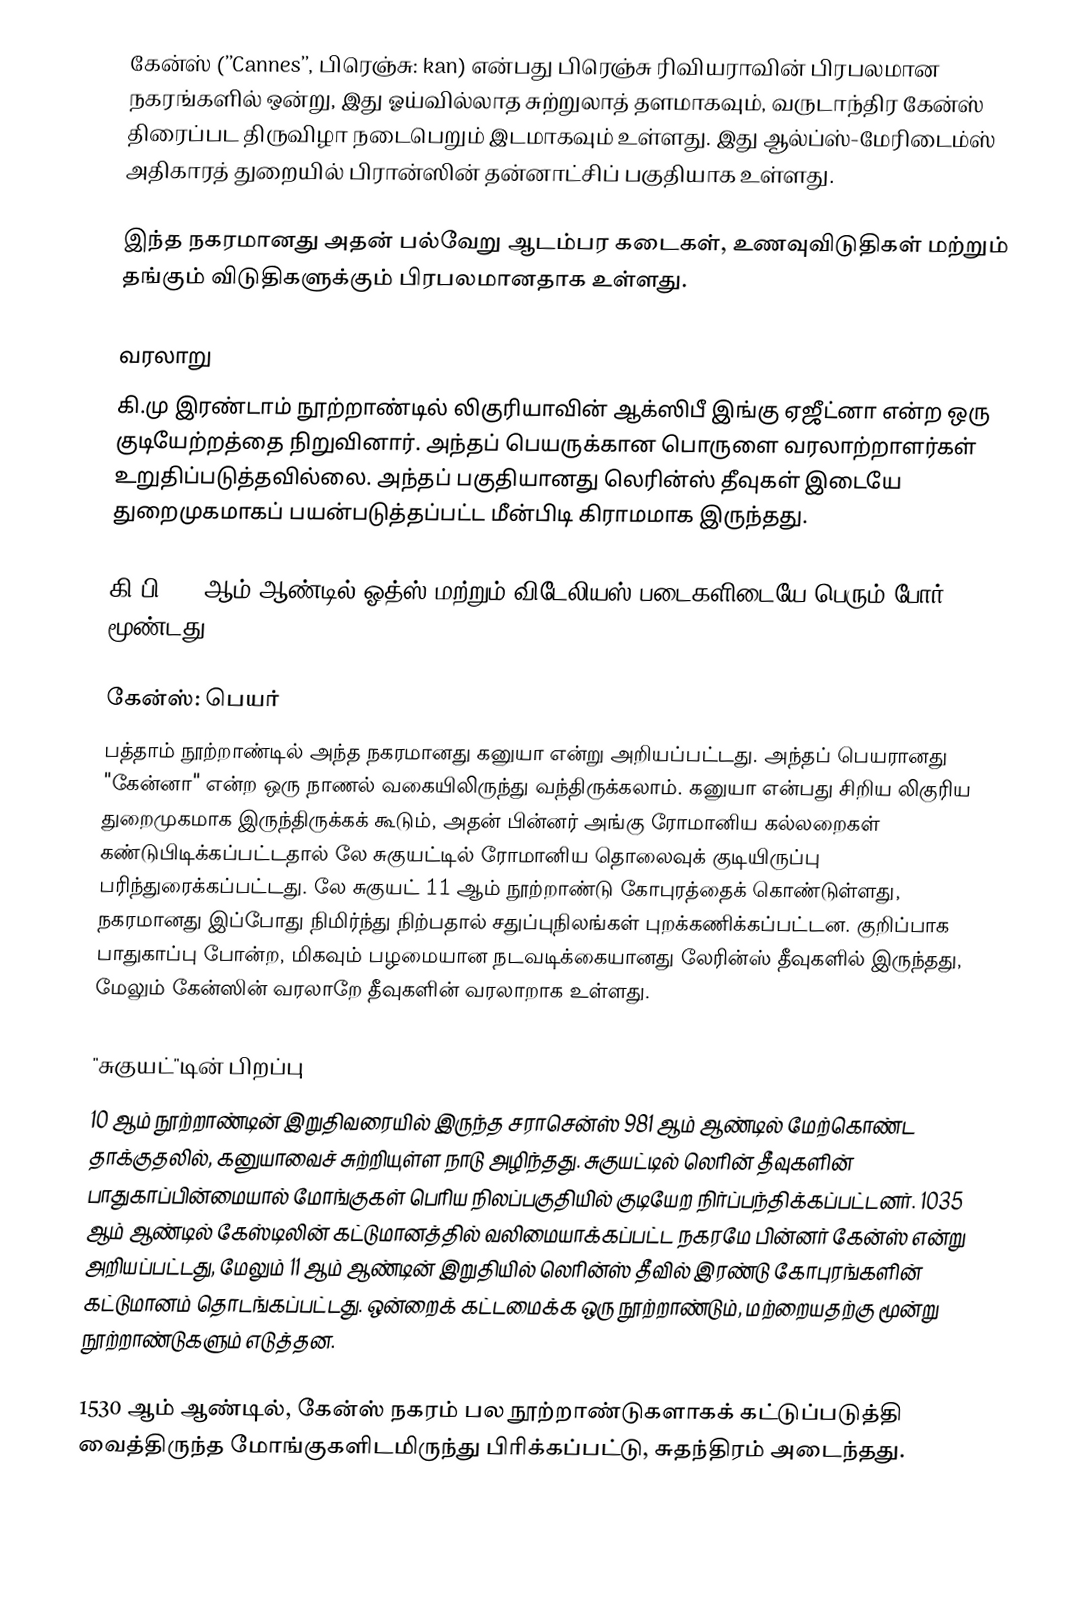
கேன்ஸ் (’’Cannes’’, பிரெஞ்சு: kan) என்பது பிரெஞ்சு ரிவியராவின் பிரபலமான நகரங்களில் ஒன்று, இது ஓய்வில்லாத சுற்றுலாத் தளமாகவும், வருடாந்திர கேன்ஸ் திரைப்பட திருவிழா நடைபெறும் இடமாகவும் உள்ளது. இது ஆல்ப்ஸ்-மேரிடைம்ஸ் அதிகாரத் துறையில் பிரான்ஸின் தன்னாட்சிப் பகுதியாக உள்ளது.

இந்த நகரமானது அதன் பல்வேறு ஆடம்பர கடைகள், உணவுவிடுதிகள் மற்றும் தங்கும் விடுதிகளுக்கும் பிரபலமானதாக உள்ளது.

வரலாறு
கி.மு இரண்டாம் நூற்றாண்டில் லிகுரியாவின் ஆக்ஸிபீ இங்கு ஏஜீட்னா என்ற ஒரு குடியேற்றத்தை நிறுவினார். அந்தப் பெயருக்கான பொருளை வரலாற்றாளர்கள் உறுதிப்படுத்தவில்லை. அந்தப் பகுதியானது லெரின்ஸ் தீவுகள் இடையே துறைமுகமாகப் பயன்படுத்தப்பட்ட மீன்பிடி கிராமமாக இருந்தது.

கி.பி. 69 ஆம் ஆண்டில் ஓத்ஸ் மற்றும் விடேலியஸ் படைகளிடையே பெரும் போர் மூண்டது.

கேன்ஸ்: பெயர்
பத்தாம் நூற்றாண்டில் அந்த நகரமானது கனுயா என்று அறியப்பட்டது. அந்தப் பெயரானது "கேன்னா" என்ற ஒரு நாணல் வகையிலிருந்து வந்திருக்கலாம். கனுயா என்பது சிறிய லிகுரிய துறைமுகமாக இருந்திருக்கக் கூடும், அதன் பின்னர் அங்கு ரோமானிய கல்லறைகள் கண்டுபிடிக்கப்பட்டதால் லே சுகுயட்டில் ரோமானிய தொலைவுக் குடியிருப்பு பரிந்துரைக்கப்பட்டது. லே சுகுயட் 11 ஆம் நூற்றாண்டு கோபுரத்தைக் கொண்டுள்ளது, நகரமானது இப்போது நிமிர்ந்து நிற்பதால் சதுப்புநிலங்கள் புறக்கணிக்கப்பட்டன. குறிப்பாக பாதுகாப்பு போன்ற, மிகவும் பழமையான நடவடிக்கையானது லேரின்ஸ் தீவுகளில் இருந்தது, மேலும் கேன்ஸின் வரலாறே தீவுகளின் வரலாறாக உள்ளது.

"சுகுயட்"டின் பிறப்பு
10 ஆம் நூற்றாண்டின் இறுதிவரையில் இருந்த சராசென்ஸ் 981 ஆம் ஆண்டில் மேற்கொண்ட தாக்குதலில், கனுயாவைச் சுற்றியுள்ள நாடு அழிந்தது. சுகுயட்டில் லெரின் தீவுகளின் பாதுகாப்பின்மையால் மோங்குகள் பெரிய நிலப்பகுதியில் குடியேற நிர்ப்பந்திக்கப்பட்டனர். 1035 ஆம் ஆண்டில் கேஸ்டிலின் கட்டுமானத்தில் வலிமையாக்கப்பட்ட நகரமே பின்னர் கேன்ஸ் என்று அறியப்பட்டது, மேலும் 11 ஆம் ஆண்டின் இறுதியில் லெரின்ஸ் தீவில் இரண்டு கோபுரங்களின் கட்டுமானம் தொடங்கப்பட்டது. ஒன்றைக் கட்டமைக்க ஒரு நூற்றாண்டும், மற்றையதற்கு மூன்று நூற்றாண்டுகளும் எடுத்தன.

1530 ஆம் ஆண்டில், கேன்ஸ் நகரம் பல நூற்றாண்டுகளாகக் கட்டுப்படுத்தி வைத்திருந்த மோங்குகளிடமிருந்து பிரிக்கப்பட்டு, சுதந்திரம் அடைந்தது.